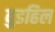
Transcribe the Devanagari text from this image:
वुडहिल